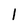
Character: l